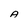
Character: A